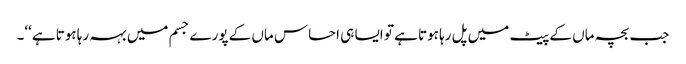
جب بچہ ماں کے پیٹ میں پل رہا ہوتا ہے تو ایسا ہی احساس ماں کے پورے جسم میں بہہ رہا ہوتا ہے‘‘۔